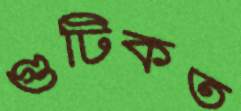
গুটিকত